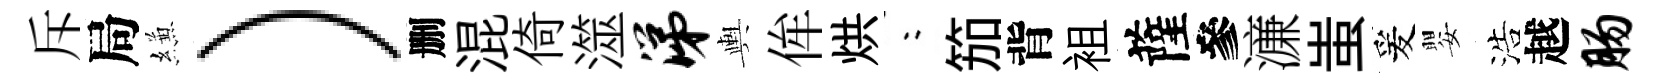
斥局縑）删混倚澨涕輿侔烘欸笳背袓薩參濓蚩爰嬰浩越肠